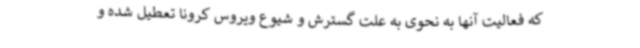
که فعالیت آنها به نحوی به علت گسترش و شیوع ویروس کرونا تعطیل شده و